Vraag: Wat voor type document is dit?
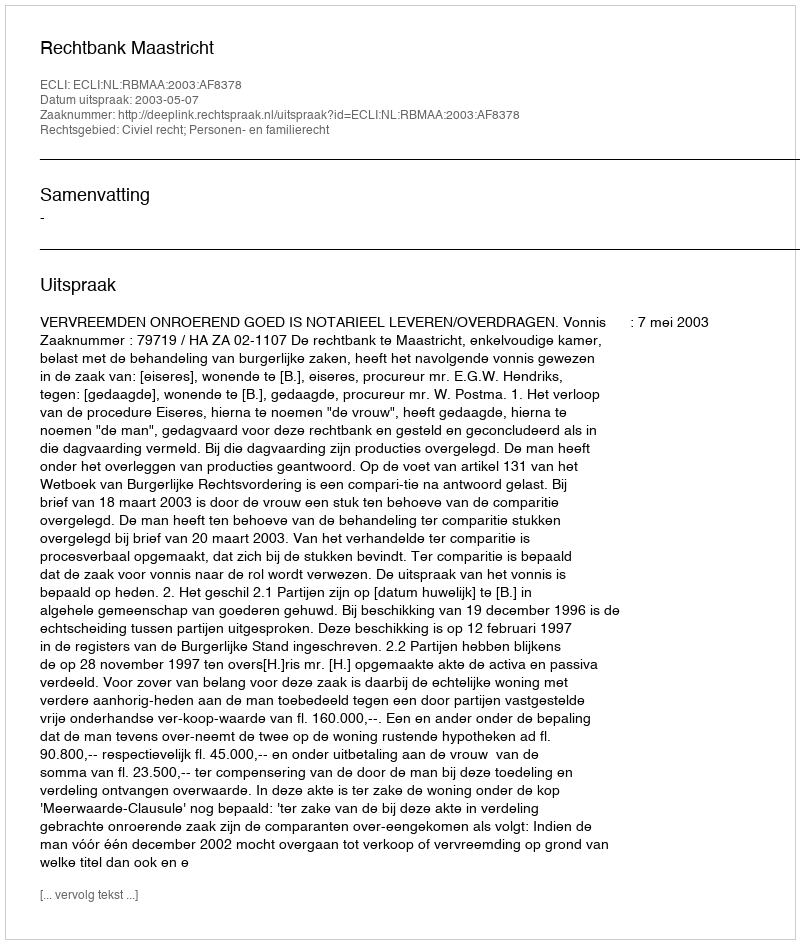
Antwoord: Uitspraak